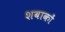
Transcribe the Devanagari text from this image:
शबाकों